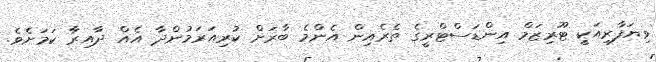
ވިޔަފާރިއަކީ ޓޫރިޒަމް އިންޑަސްޓްރީގެ ތެރެއިން އެންމެ ބާރަށް ކުރިއަރަމުންދާ އެއް ދާއިރާ ކަމަށެވެ.